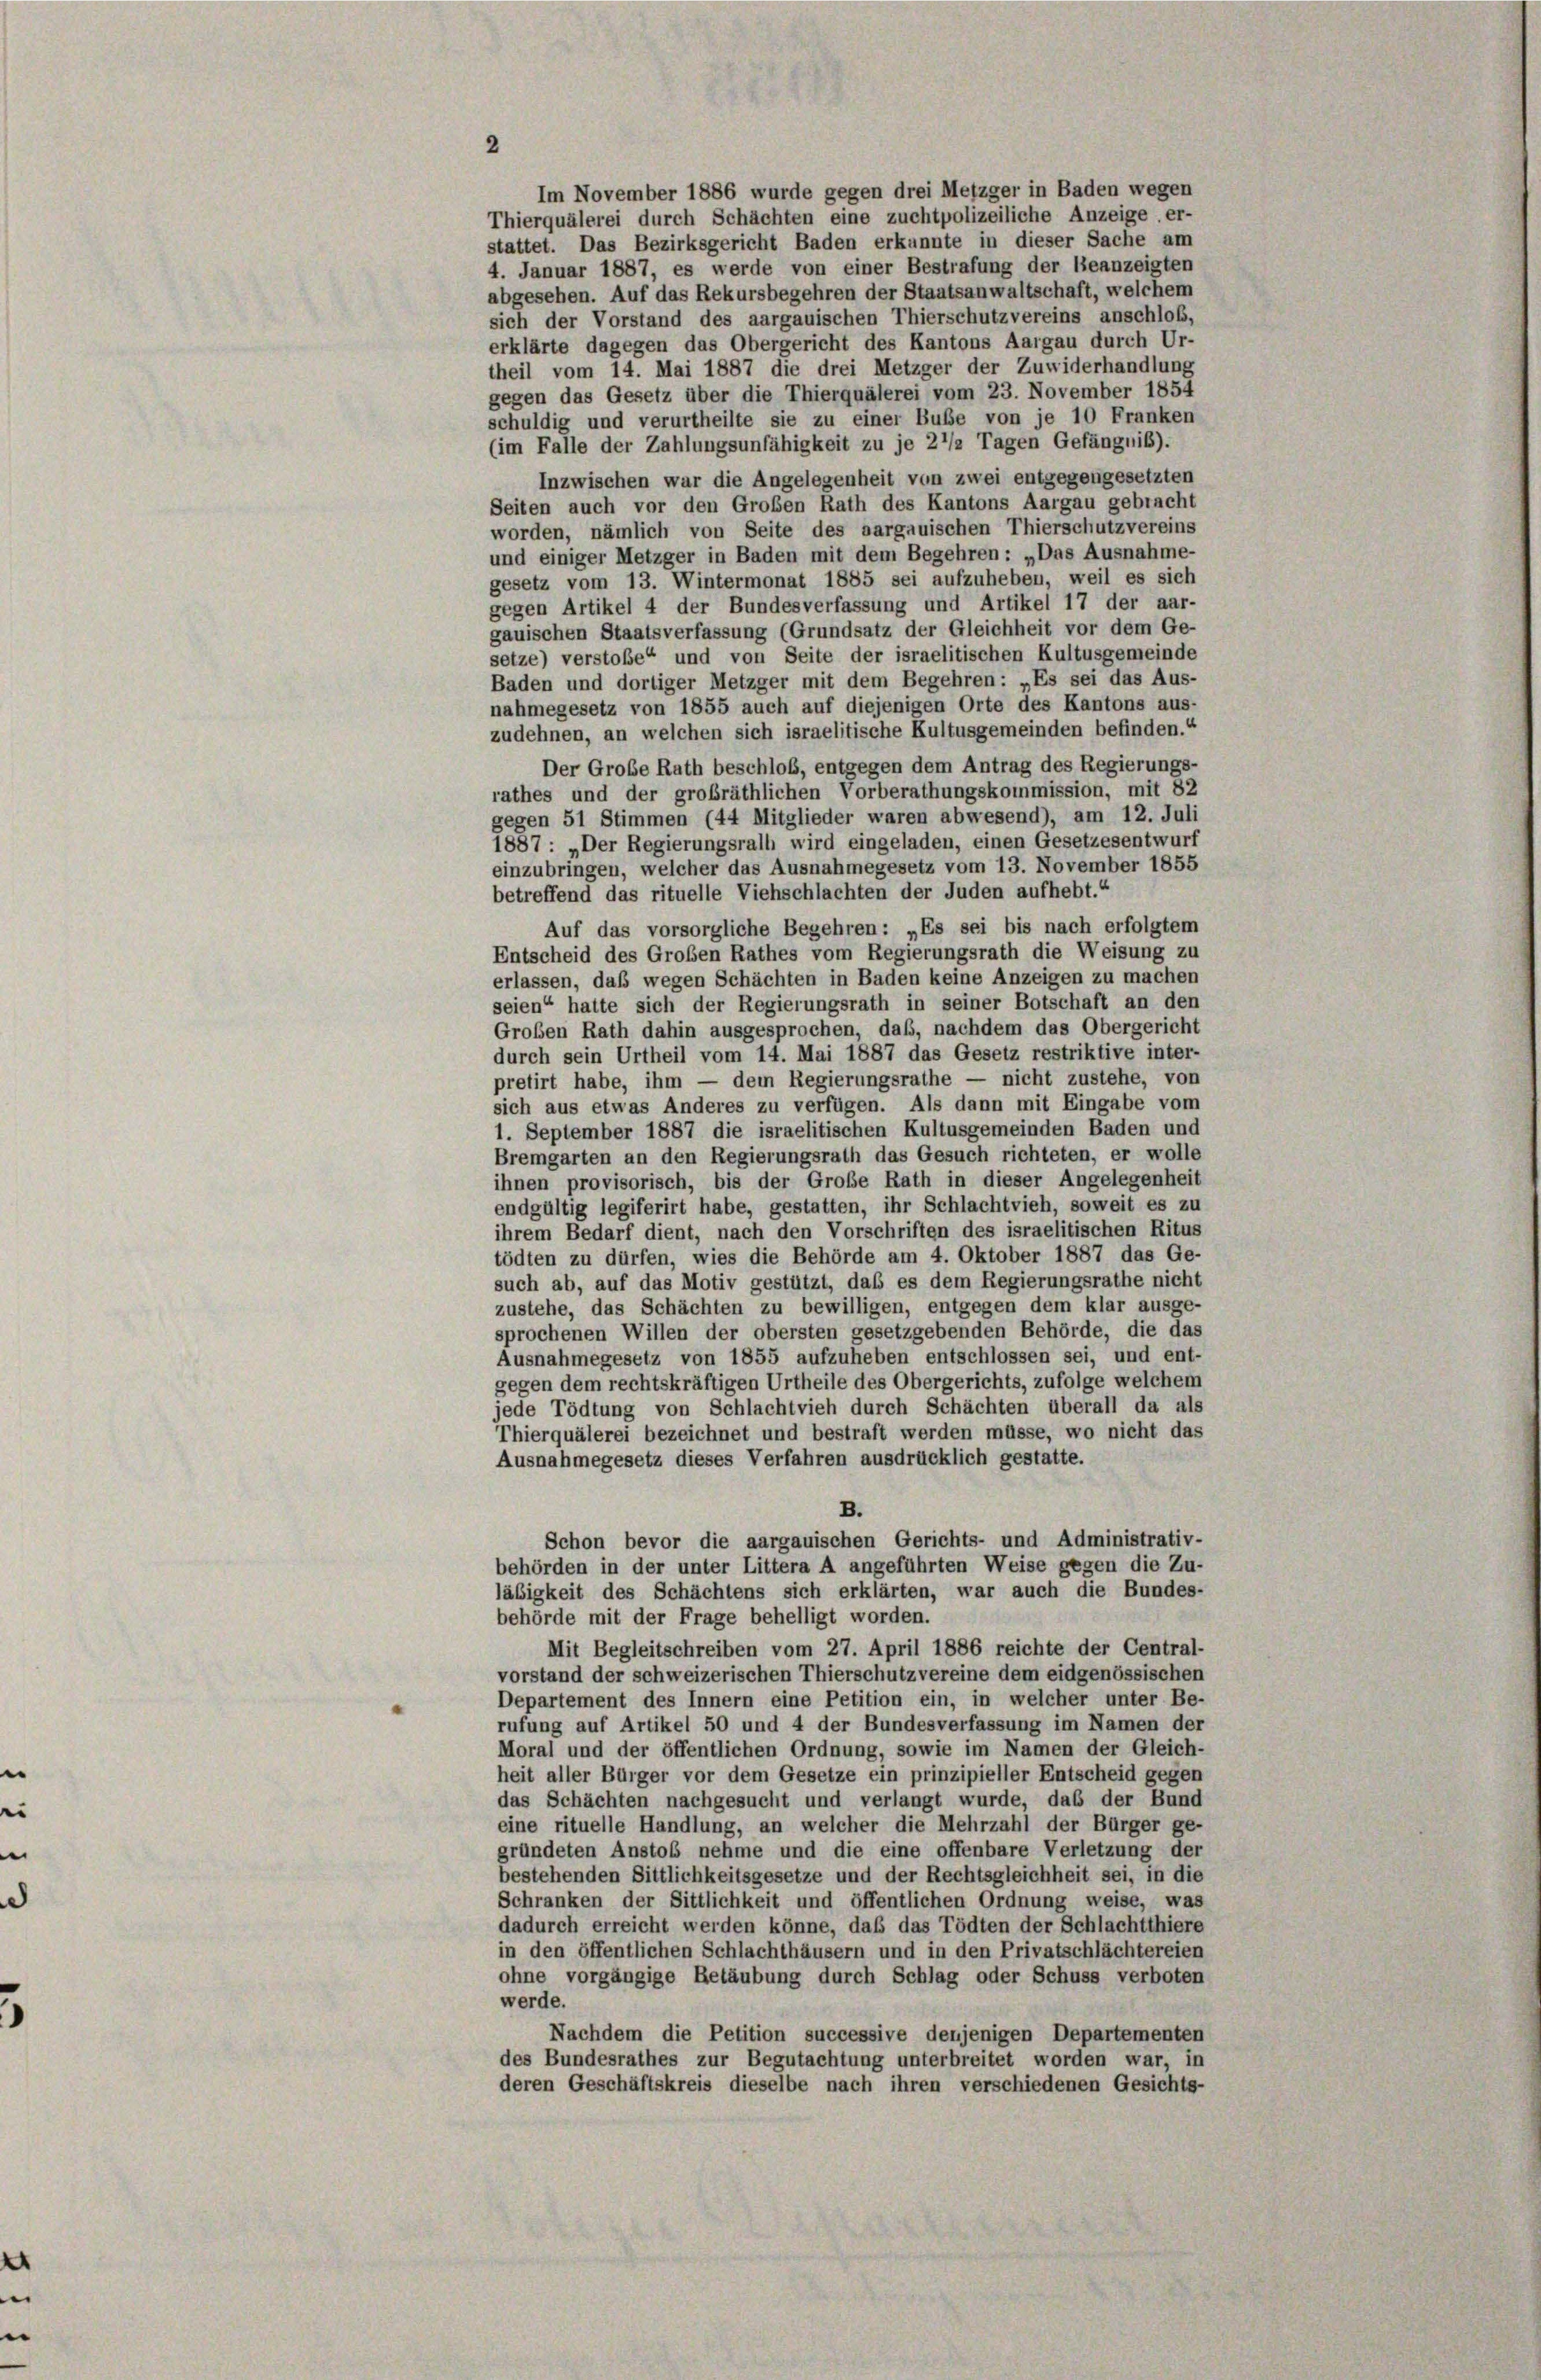
2
Im November 1886 wurde gegen drei Metzger in Baden wegen
Thierquälerei durch Schächten eine zuchtpolizeiliche Anzeige, er-
stattet. Das Bezirksgericht Baden erkannte in dieser Sache am
4. Januar 1887, es werde von einer Bestrafung der Beanzeigten
abgesehen. Auf das Rekursbegehren der Staatsanwaltschaft, welchem
sich der Vorstand des aargauischen Thierschutzvereins anschloss,
erklärte dagegen das Obergericht des Kantons Aargau durch Ur-
theil vom 14. Mai 1887 die drei Metzger der Zuwiderhandlung
gegen das Gesetz über die Thierquälerei vom 23. November 1854
schuldig und verurtheilte sie zu einer Buße von je 10 Franken
(im Falle der Zahlungsunfähigkeit zu je 2 1/2 Tagen Gefängnis).
Inzwischen war die Angelegenheit von zwei entgegengesetzten
Seiten auch vor den Groben Rath des Kantons Aargau gebracht
worden, nämlich von Seite des aargauischen Thierschutzvereins
und einiger Metzger in Baden mit dem Begehren: „Das Ausnahme-
gesetz vom 13. Wintermonat 1885 sei aufzuheben, weil es sich
gegen Artikel 4 der Bundesverfassung und Artikel 17 der aar-
gauischen Staatsverfassung (Grundsatz der Gleichheit vor dem Ge-
setze) verstoße“ und von Seite der israelitischen Kultusgemeinde
Baden und dortiger Metzger mit dem Begehren: „Es sei das Aus-
nahmegesetz von 1855 auch auf diejenigen Orte des Kantons aus-
zudehnen, an welchen sich israelitische Kultusgemeinden befinden.“
Der Große Rath beschloß, entgegen dem Antrag des Regierungs-
rathes und der grobräthlichen Vorberathungskommission, mit 82
gegen 51 Stimmen (44 Mitglieder waren abwesend), am 12. Juli
1887 : „Der Regierungsrath wird eingeladen, einen Gesetzesentwurf
einzubringen, welcher das Ausnahmegesetz vom 13. November 1855
betreffend das rituelle Viehschlachten der Juden aufhebt.“
Auf das vorsorgliche Begehren: „Es sei bis nach erfolgtem
Entscheid des Großen Rathes vom Regierungsrath die Weisung zu
erlassen, daß wegen Schächten in Baden keine Anzeigen zu machen
seien“ hatte sich der Regierungsrath in seiner Botschaft an den
Groben Rath dahin ausgesprochen, daß, nachdem das Obergericht
durch sein Urtheil vom 14. Mai 1887 das Gesetz restriktive inter-
pretirt habe, ihm — dem Regierungsrathe — nicht zustehe, von
sich aus etwas Anderes zu verfügen. Als dann mit Eingabe vom
1. September 1887 die israelitischen Kultusgemeinden Baden und
Bremgarten an den Regierungsrath das Gesuch richteten, er wolle
ihnen provisorisch, bis der Große Rath in dieser Angelegenheit
endgültig legiferirt habe, gestatten, ihr Schlachtvieh, soweit es zu
ihrem Bedarf dient, nach den Vorschriften des israelitischen Ritus
tödten zu dürfen, wies die Behörde am 4. Oktober 1887 das Ge-
such ab, auf das Motiv gestützt, daß es dem Regierungsrathe nicht
zustehe, das Schächten zu bewilligen, entgegen dem klar ausge-
sprochenen Willen der obersten gesetzgebenden Behörde, die das
Ausnahmegesetz von 1855 aufzuheben entschlossen sei, und ent-
gegen dem rechtskräftigen Urtheile des Obergerichts, zufolge welchem
jede Tödtung von Schlachtvieh durch Schächten überall da als
Thierquälerei bezeichnet und bestraft werden müsse, wo nicht das
Ausnahmegesetz dieses Verfahren ausdrücklich gestatte.
B.
Schon bevor die aargauischen Gerichts- und Administrativ-
behörden in der unter Littera A angeführten Weise gegen die Zu-
läbigkeit des Schächtens sich erklärten, war auch die Bundes-
behörde mit der Frage behelligt worden.
Mit Begleitschreiben vom 27. April 1886 reichte der Central-
vorstand der schweizerischen Thierschutzvereine dem eidgenössischen
Departement des Innern eine Petition ein, in welcher unter Be-
rufung auf Artikel 50 und 4 der Bundesverfassung im Namen der
Moral und der öffentlichen Ordnung, sowie im Namen der Gleich-
heit aller Bürger vor dem Gesetze ein prinzipieller Entscheid gegen
das Schächten nachgesucht und verlangt wurde, das der Bund
eine rituelle Handlung, an welcher die Mehrzahl der Bürger ge-
gründeten Anstoß nehme und die eine offenbare Verletzung der
bestehenden Sittlichkeitsgesetze und der Rechtsgleichheit sei, in die
Schranken der Sittlichkeit und öffentlichen Ordnung weise, was
dadurch erreicht werden könne, daß das Tödten der Schlachtthiere
in den öffentlichen Schlachthäusern und in den Privatschlächtereien
ohne vorgängige Betäubung durch Schlag oder Schuss verboten
werde.
Nachdem die Petition successive denjenigen Departementen
des Bundesrathes zur Begutachtung unterbreitet worden war, in
deren Geschäftskreis dieselbe nach ihren verschiedenen Gesichts-